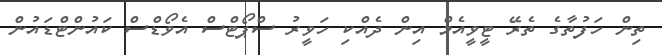
ތިން ހަފުތާގެ ތެރޭ ޓީވީއެމް އިން ދެއްކި ހަވީރު ސްޕޯޓްސް އެވޯޑްސް ކައުންޓްޑައުން